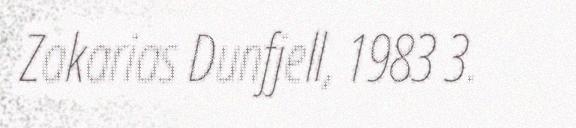
Zakarias Dunfjell, 1983 3.